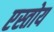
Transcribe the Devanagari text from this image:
एस्तोय